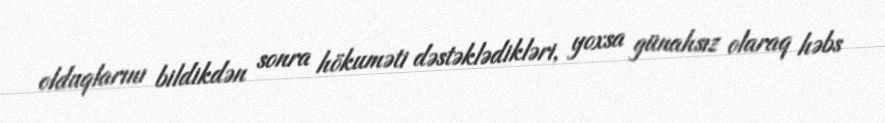
olduqlarını bildikdən sonra hökuməti dəstəklədikləri, yoxsa günahsız olaraq həbs